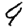
Digit: 9